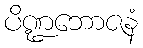
ပိဏ္ဍဘောဇနံ